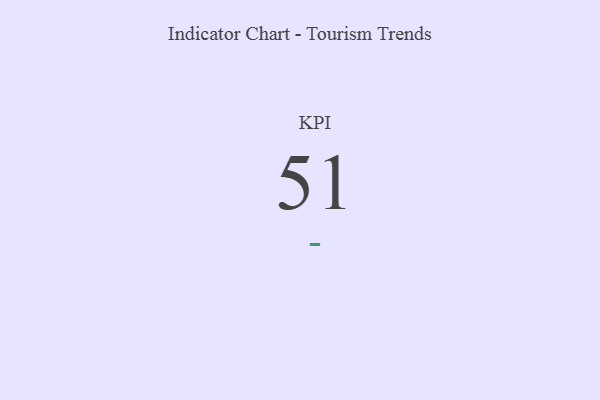
{"axis": {"x": "KPI", "y": "Value"}, "legend": [""], "data": [{"x": "KPI", "y": 51, "type": ""}]}